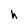
Character: h